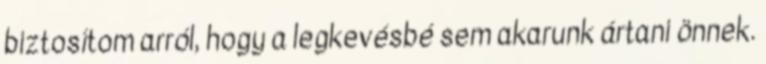
biztosítom arról, hogy a legkevésbé sem akarunk ártani önnek.